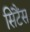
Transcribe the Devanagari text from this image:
सिंटैंस